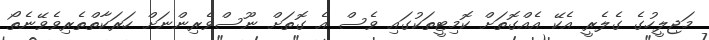
މަޖިލީހުގެ ގެލެރީ އެކޭ އެއްގޮތަށް ކޮމިޓީތަކުގައި ވެސް އެ ގޮތަށް ނޫސްވެރިންނަށް ހަރަކާތްތެރިވެވޭނެތޯ